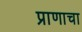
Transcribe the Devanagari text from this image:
प्राणाचा